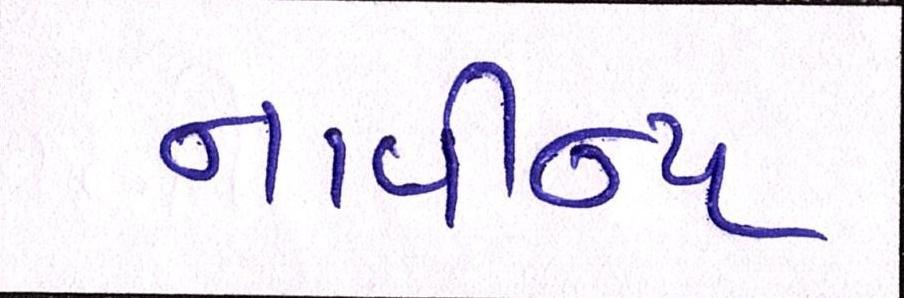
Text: નાવીન્ય